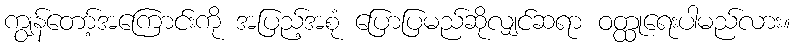
ကျွန်တော့်အကြောင်းကို အပြည့်အစုံ ပြောပြမည်ဆိုလျှင်ဆရာ ဝတ္ထုရေးပါမည်လား။